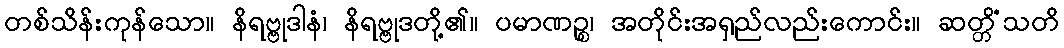
တစ်သိန်းကုန်သော။ နိရဗ္ဗုဒါနံ၊ နိရဗ္ဗုဒတို့၏။ ပမာဏဉ္စ၊ အတိုင်းအရှည်လည်းကောင်း။ ဆတ္တိံသတိ